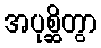
အပုစ္ဆိတွာ